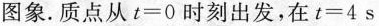
图象。质点从$$t = 0$$时刻出发，在$$t = 4 s$$